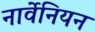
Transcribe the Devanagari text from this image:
नार्वेनियन